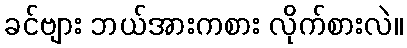
ခင်ဗျား ဘယ်အားကစား လိုက်စားလဲ။